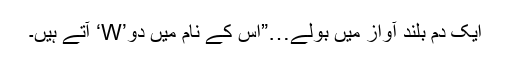
ایک دم بلند آواز میں بولے…”اس کے نام میں دو’W‘ آتے ہیں۔